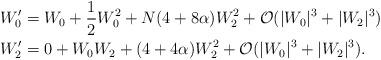
LaTeX: \begin{align*}W_0' &= W_0 + \frac{1}{2}W_0^2 + N(4 + 8\alpha)W_2^2 + \mathcal{O}(|W_0|^3 + |W_2|^3)\\W_2' &= 0 + W_0W_2 + (4 + 4\alpha)W_2^2+ \mathcal{O}(|W_0|^3 + |W_2|^3).\end{align*}